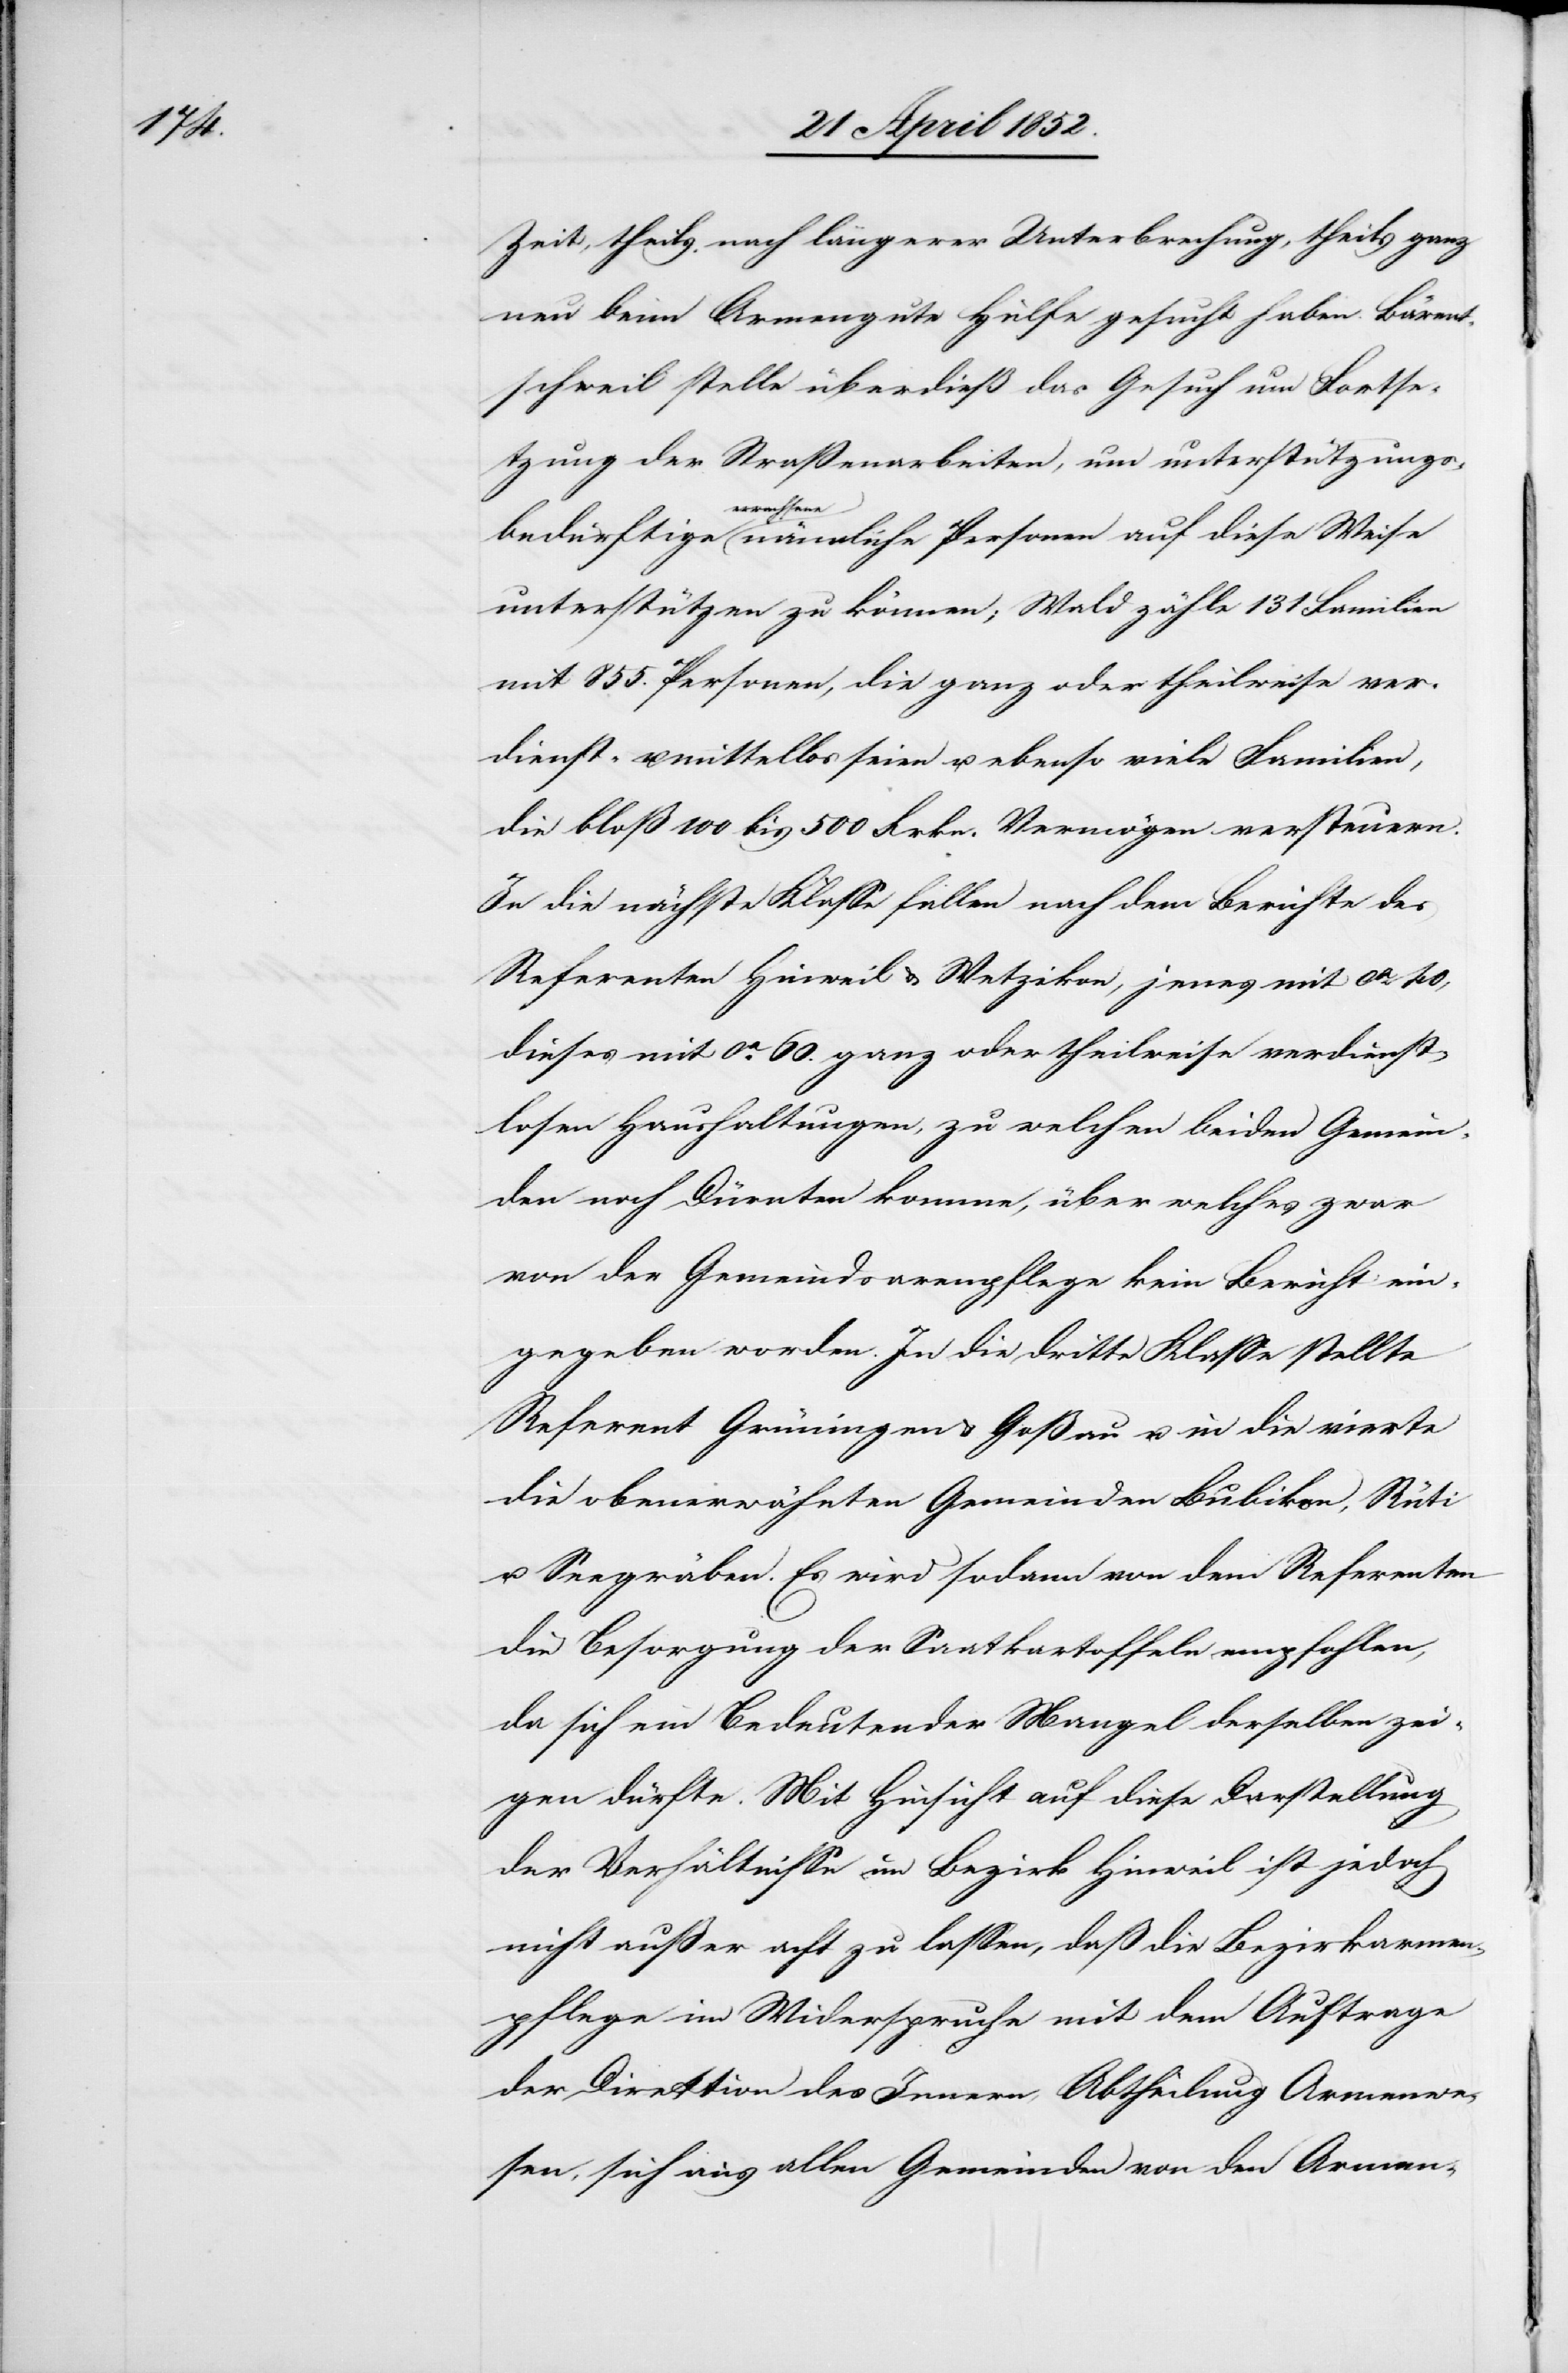
Zeit, theils nach längerer Unterbrechung, theils ganz
neu beim Armengute Hülfe gesucht haben. Bärent¬
schweil stelle überdieß das Gesuch um Fortse¬
tzung der Straßenarbeiten, um unterstützungs¬
bedürftige erwachsene nämliche Personen auf diese Weise
unterstützen zu können; Wald zähle 131 Familien
mit 855. Personen, die ganz oder theilweise ver¬
dienst- u. mittellos seien u. ebenso viele Familien,
die bloß 100 bis 500 Frkn. Vermögen versteuern.
In die nächste Klasse fallen nach dem Berichte des
Referenten Hinweil & Wetzikon, jenes mit ca. 40,
dieses mit ca. 60. ganz oder theilweise verdienst¬
losen Haushaltungen, zu welchen beiden Gemein¬
den noch Dürnten komme, über welches zwar
von der Gemeindsarmenpflege kein Bericht ein¬
gegeben worden. In die dritte Klasse stellte
Referent Grüningen & Goßau u. in die vierte
die obenerwähnten Gemeinden Bubikon, Rüti
u. Seegräben. Es wird sodann von dem Referenten
die Besorgung der Saatkartoffeln empfohlen,
da sich ein Bedeutender [sic!] Mangel derselben zei¬
gen dürfte. Mit Hinsicht auf diese Darstellung
der Verhältnisse im Bezirk Hinweil ist jedoch
nicht außer acht zu lassen, daß die Bezirk[s]armen¬
pflege im Widerspruche mit dem Auftrage
der Direktion des Innern, Abtheilung Armenwe¬
sen, sich aus allen Gemeinden von den Armen-